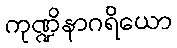
ကုဏ္ဍိနာဂရိယော